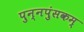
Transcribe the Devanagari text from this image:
पुन्नपुंसकम्‌